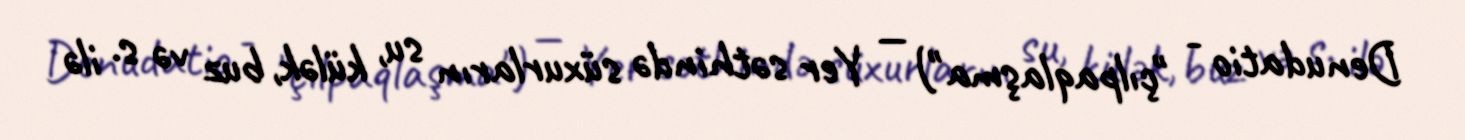
Denudatio - "çılpaqlaşma") — Yer səthində süxurların su, külək, buz və s. ilə